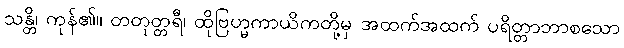
သန္တိ၊ ကုန်၏။ တတုတ္တရီ၊ ထိုဗြဟ္မကာယိကတို့မှ အထက်အထက် ပရိတ္တာဘာစသော